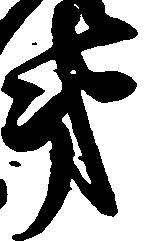
第